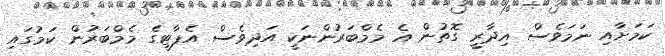
ކަމަށާއި ނަމަވެސް އިދާރީ ގޮތުން އެ މެމްބަރުންނަކީ އަދިވެސް އެޕާޓީގެ މެމްބަރުން ކަމުގައި